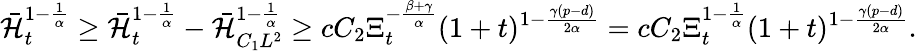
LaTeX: \bar{\mathcal{H}}_{t}^{1-\frac{1}{\alpha}}\geq\bar{\mathcal{H}}_{t}^{1-\frac{1}{\alpha}}-\bar{\mathcal{H}}_{C_{1}L^{2}}^{1-\frac{1}{\alpha}}\geq cC_{2}\Xi_{t}^{-\frac{\beta+\gamma}{\alpha}}(1+t)^{1-\frac{\gamma(p-d)}{2\alpha}}=cC_{2}\Xi_{t}^{1-\frac{1}{\alpha}}(1+t)^{1-\frac{\gamma(p-d)}{2\alpha}}.